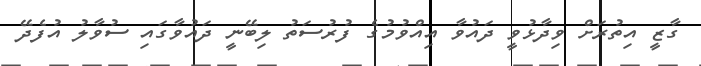
ގާޒީ އިތުރަށް ވިދާޅުވީ ދައުވާ އިއްވުމުގެ ފުރުސަތު ލިބޭނީ ދައުވާގައި ސުވާލު އުފެދޭ